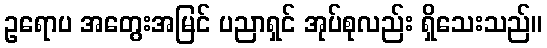
ဥရောပ အတွေးအမြင် ပညာရှင် အုပ်စုလည်း ရှိသေးသည်။